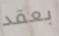
بعقد